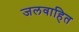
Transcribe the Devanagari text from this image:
जलवाहित